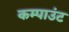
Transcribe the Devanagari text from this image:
कम्पाउंट